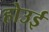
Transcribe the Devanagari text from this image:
होउई